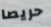
حريصا